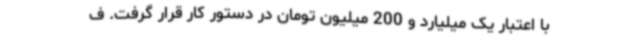
با اعتبار یک میلیارد و 200 میلیون تومان در دستور کار قرار گرفت. ف